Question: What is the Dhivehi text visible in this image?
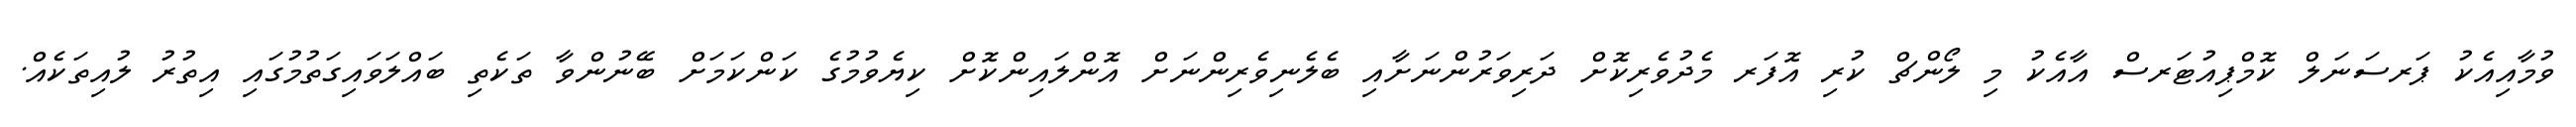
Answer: ވުމާއިއެކު ޕަރސަނަލް ކޮމްޕިއުޓަރސް އާއެކު މި ލޯންޗް ކުރި އޮފަރ މެދުވެރިކޮށް ދަރިވަރުންނަށާއި ބެލެނިވެރިންނަށް އޮންލައިންކޮށް ކިޔެވުމުގެ ކަންކަމަށް ބޭނުންވާ ތަކެތި ބައްލަވައިގަތުމުގައި އިތުރު ލުއިތަކެއް.